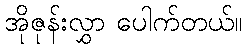
အိုဇုန်းလွှာ ပေါက်တယ်။